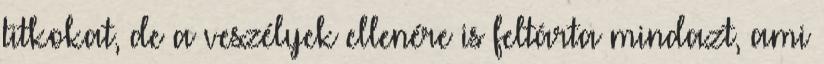
titkokat, de a veszélyek ellenére is feltárta mindazt, ami